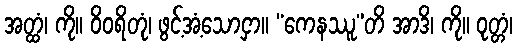
အတ္ထံ၊ ကို။ ဝိဝရိတုံ၊ ဖွင့်အံ့သောငှာ။ “ကေနဿူ”တိ အာဒိ၊ ကို။ ဝုတ္တံ၊